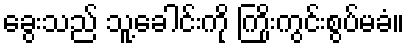
ခွေးသည် သူ့ခေါင်းကို ကြိုးကွင်းစွပ်မခံ။